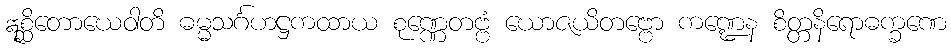
ဣစ္ဆိတောယေဝါတိ ဓမ္မသင်္ဂဟဋ္ဌကထာယ စုဏ္ဏေတဗ္ဗံ ယောဇယိတဗ္ဗော ကဏ္ဍေန စိတ္တနိရောဓက္ခဏေ